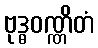
ဗုဒ္ဓဝဏ္ဏိတံ